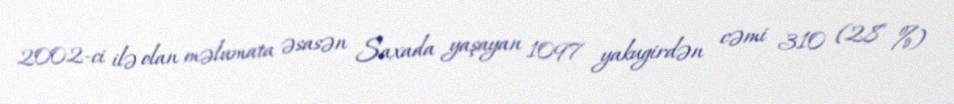
2002-ci ilə olan məlumata əsasən Saxada yaşayan 1097 yakugirdən cəmi 310 (28 %)